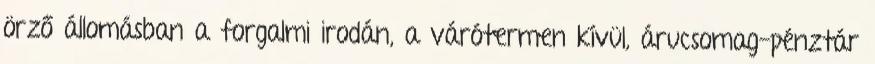
örző állomásban a forgalmi irodán, a várótermen kívül, árucsomag-pénztár